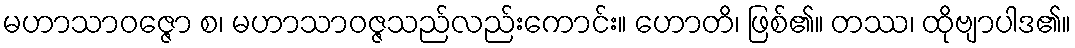
မဟာသာဝဇ္ဇော စ၊ မဟာသာဝဇ္ဇသည်လည်းကောင်း။ ဟောတိ၊ ဖြစ်၏။ တဿ၊ ထိုဗျာပါဒ၏။